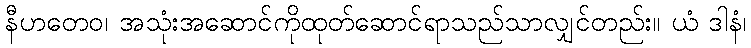
နီဟတေဝ၊ အသုံးအဆောင်ကိုထုတ်ဆောင်ရာသည်သာလျှင်တည်း။ ယံ ဒါနံ၊